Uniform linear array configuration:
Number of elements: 32
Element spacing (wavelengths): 0.75
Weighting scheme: uniform
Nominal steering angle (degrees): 60
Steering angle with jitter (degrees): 58.735
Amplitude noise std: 0.05
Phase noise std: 0.05

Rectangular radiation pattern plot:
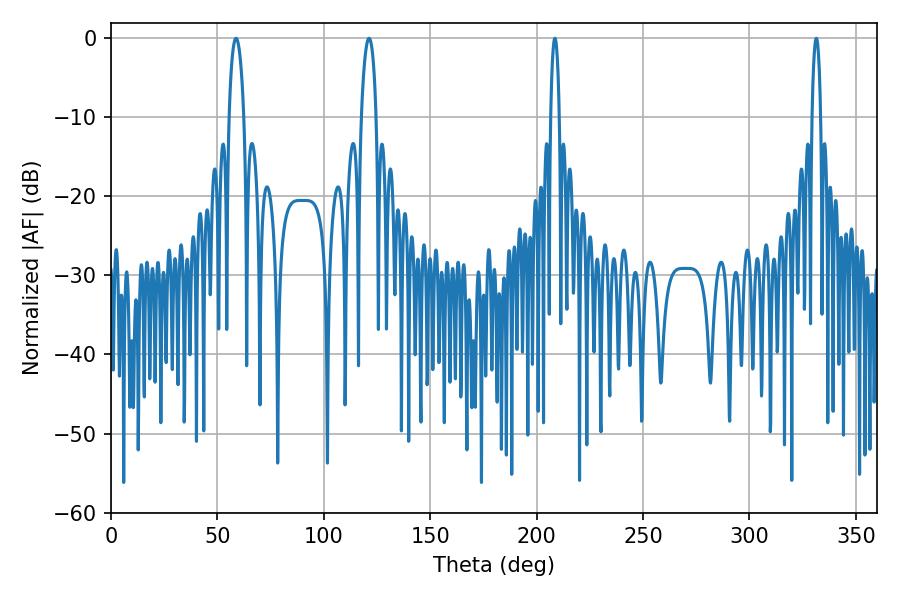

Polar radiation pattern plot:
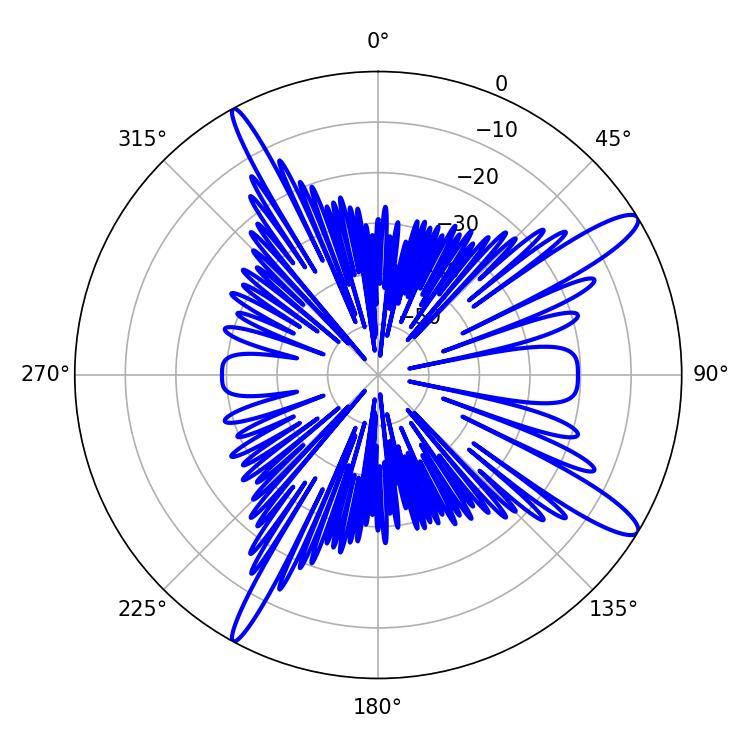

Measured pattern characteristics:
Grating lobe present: TRUE
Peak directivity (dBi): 13.354
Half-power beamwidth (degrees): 2.16
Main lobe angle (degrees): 208.62